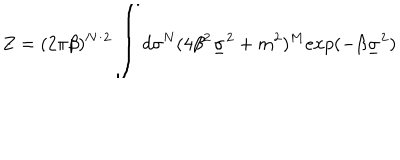
Z = ( 2 \pi \beta ) ^ { N / 2 } { \LARGE \int } d \sigma ^ { N } ( 4 \beta ^ { 2 } \underline { { { \sigma } } } ^ { 2 } + m ^ { 2 } ) ^ { M } e x p ( - \beta \underline { { { \sigma } } } ^ { 2 } )